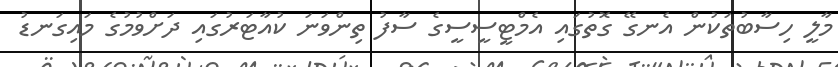
މާލީ ހިސާބުތަކުން އެނގޭ ގޮތުގައި އެމްޓީސީސީގެ ސާފު ތިންވަނަ ކުއާޓަރުގައި ދަށްވުމުގެ މައިގަނޑު